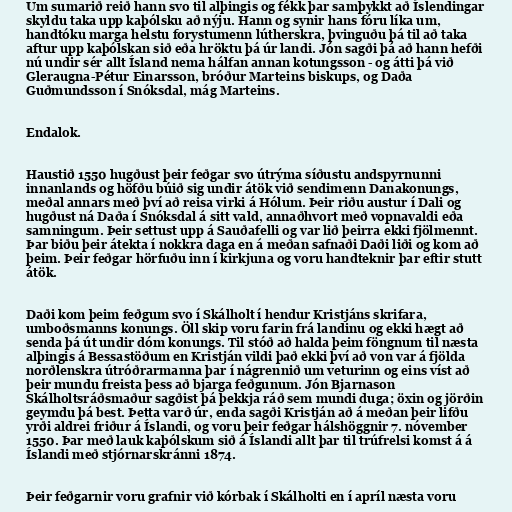
Um sumarið reið hann svo til alþingis og fékk þar samþykkt að Íslendingar
skyldu taka upp kaþólsku að nýju. Hann og synir hans fóru líka um,
handtóku marga helstu forystumenn lútherskra, þvinguðu þá til að taka
aftur upp kaþólskan sið eða hröktu þá úr landi. Jón sagði þá að hann hefði
nú undir sér allt Ísland nema hálfan annan kotungsson - og átti þá við
Gleraugna-Pétur Einarsson, bróður Marteins biskups, og Daða
Guðmundsson í Snóksdal, mág Marteins.

Endalok.

Haustið 1550 hugðust þeir feðgar svo útrýma síðustu andspyrnunni
innanlands og höfðu búið sig undir átök við sendimenn Danakonungs,
meðal annars með því að reisa virki á Hólum. Þeir riðu austur í Dali og
hugðust ná Daða í Snóksdal á sitt vald, annaðhvort með vopnavaldi eða
samningum. Þeir settust upp á Sauðafelli og var lið þeirra ekki fjölmennt.
Þar biðu þeir átekta í nokkra daga en á meðan safnaði Daði liði og kom að
þeim. Þeir feðgar hörfuðu inn í kirkjuna og voru handteknir þar eftir stutt
átök.

Daði kom þeim feðgum svo í Skálholt í hendur Kristjáns skrifara,
umboðsmanns konungs. Öll skip voru farin frá landinu og ekki hægt að
senda þá út undir dóm konungs. Til stóð að halda þeim föngnum til næsta
alþingis á Bessastöðum en Kristján vildi það ekki því að von var á fjölda
norðlenskra útróðrarmanna þar í nágrennið um veturinn og eins víst að
þeir mundu freista þess að bjarga feðgunum. Jón Bjarnason
Skálholtsráðsmaður sagðist þá þekkja ráð sem mundi duga; öxin og jörðin
geymdu þá best. Þetta varð úr, enda sagði Kristján að á meðan þeir lifðu
yrði aldrei friður á Íslandi, og voru þeir feðgar hálshöggnir 7. nóvember
1550. Þar með lauk kaþólskum sið á Íslandi allt þar til trúfrelsi komst á á
Íslandi með stjórnarskránni 1874.

Þeir feðgarnir voru grafnir við kórbak í Skálholti en í apríl næsta voru